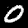
Digit: 0